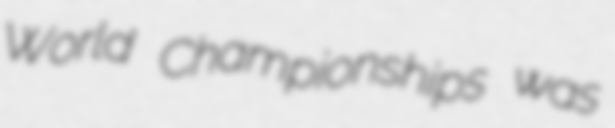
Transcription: World Championships was